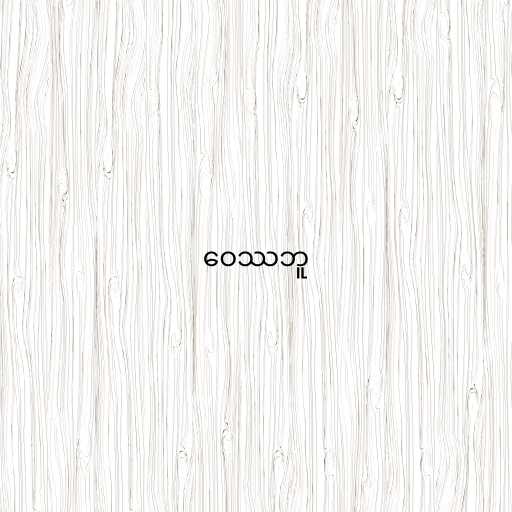
ဝေဿဘူ